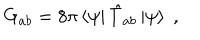
LaTeX: G _ { a b } = 8 \pi \left< \psi \right| \hat { T } _ { a b } \left| \psi \right> \; ,